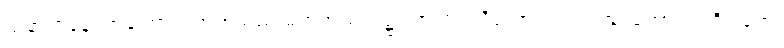
ဌာနာဌာနေ၊ အကြောင်းဟုတ်သည် မဟုတ်သည်၌။ ဉာဏံ၊ သိသောဉာဏ်လည်းကောင်း။ ဝိပါကေ၊